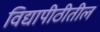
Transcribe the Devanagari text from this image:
विद्यापीठीतील